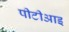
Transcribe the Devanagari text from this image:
पीटीआइ